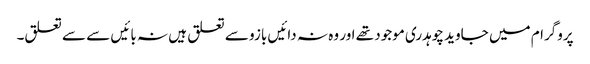
پروگرام میں جاوید چوہدری موجود تھے اور وہ نہ دائیں بازو سے تعلق ہیں نہ بائیں سے سے تعلق۔